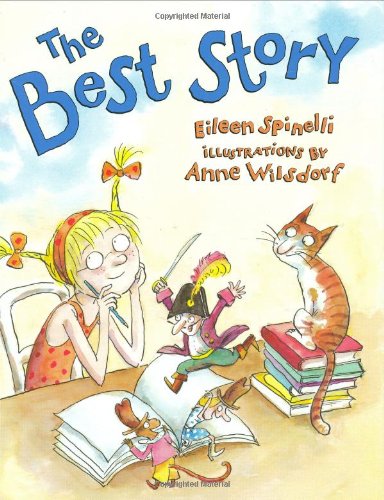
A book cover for The Best Story; Eileen Spinelli; Children's Books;